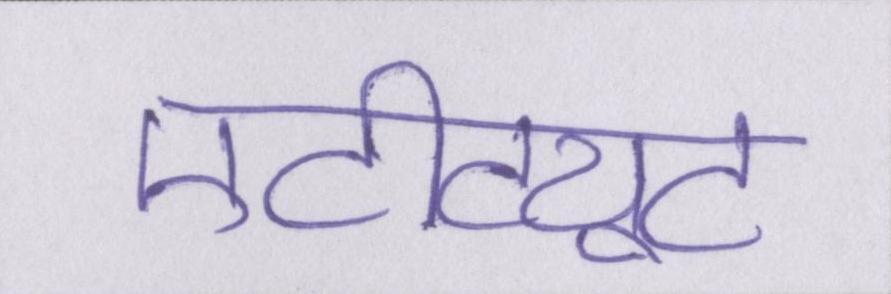
एटीट्यूट